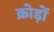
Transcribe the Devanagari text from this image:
क्रोड़ों